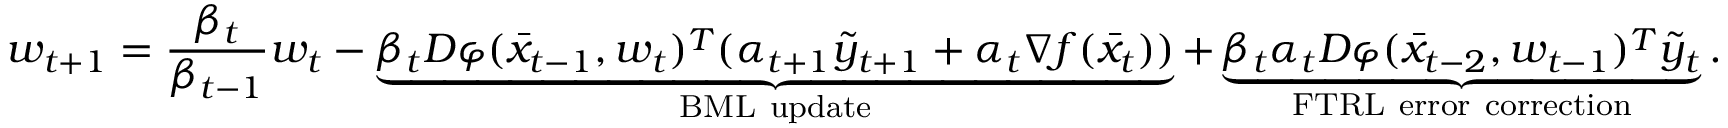
w _ { t + 1 } = \frac { \beta _ { t } } { \beta _ { t - 1 } } w _ { t } - \underbrace { \beta _ { t } D \varphi ( \bar { x } _ { t - 1 } , w _ { t } ) ^ { T } ( \alpha _ { t + 1 } \tilde { y } _ { t + 1 } + \alpha _ { t } \nabla f ( \bar { x } _ { t } ) ) } _ { \mathrm { B M L ~ u p d a t e } } + \underbrace { \beta _ { t } \alpha _ { t } D \varphi ( \bar { x } _ { t - 2 } , w _ { t - 1 } ) ^ { T } \tilde { y } _ { t } } _ { \mathrm { F T R L ~ e r r o r ~ c o r r e c t i o n } } .